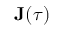
\mathbf { J } ( \tau )